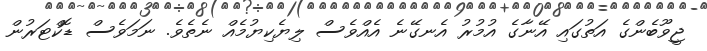
ޖީވޫބެންގެ އަތުގައި އޭނާގެ އުމުރު އެނގޭނެ އެއްވެސް ލިޔެކިޔުމެއް ނެތެވެ. ނަމަވެސް ޑޮކްޓަރުން